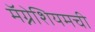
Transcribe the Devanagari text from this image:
मॅग्नेशियमची